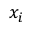
x _ { i }